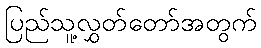
ပြည်သူ့လွှတ်တော်အတွက်